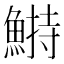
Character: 𩹭